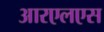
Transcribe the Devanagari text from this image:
आरएलएस